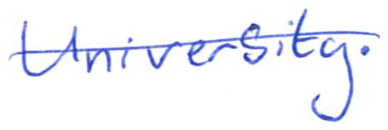
Text: University.
Cross-out: single-line
Writing tool: ballpoint